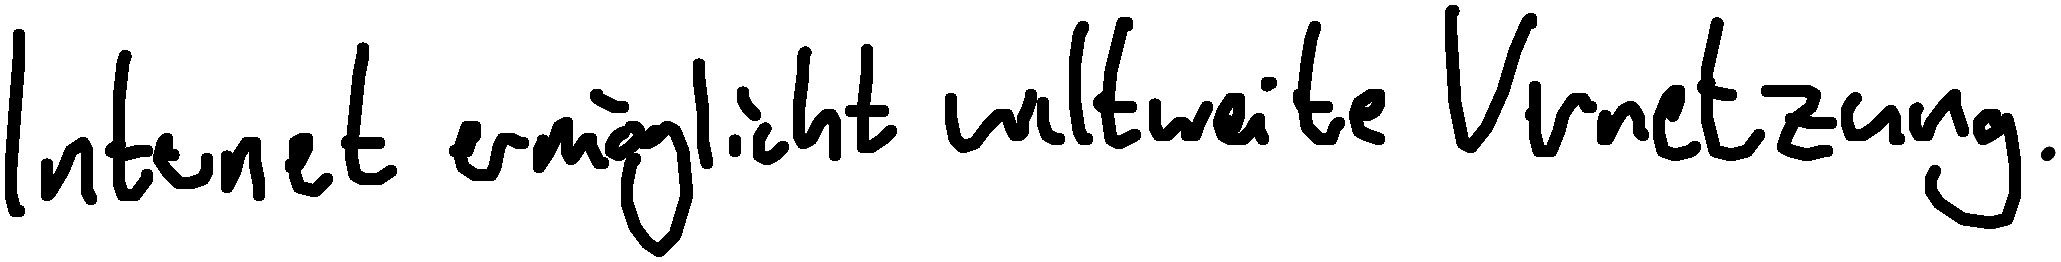
Internet ermöglicht weltweite Vernetzung.